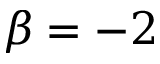
\beta = - 2